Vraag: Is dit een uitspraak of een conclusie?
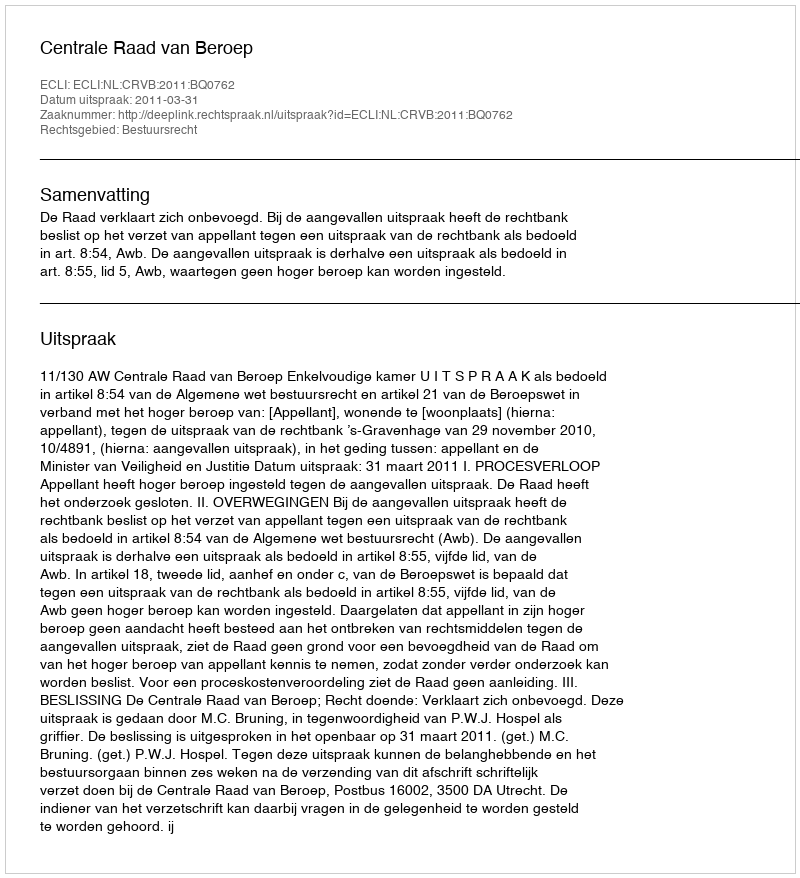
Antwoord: Uitspraak